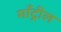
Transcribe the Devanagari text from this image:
माँट्रील